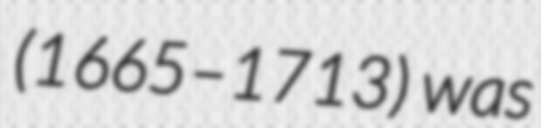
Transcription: (1665–1713) was